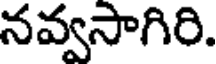
నవ్వసాగిరి.